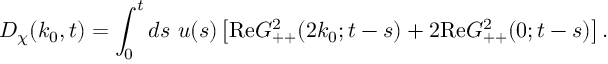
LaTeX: D _ { \chi } ( k _ { 0 } , t ) = \int _ { 0 } ^ { t } d s ~ u ( s ) \left[ \mathrm { R e } G _ { + + } ^ { 2 } ( 2 k _ { 0 } ; t - s ) + 2 \mathrm { R e } G _ { + + } ^ { 2 } ( 0 ; t - s ) \right] .